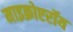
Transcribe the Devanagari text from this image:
माइक्रोएरॉय